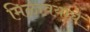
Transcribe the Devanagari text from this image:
मिळावयाचे